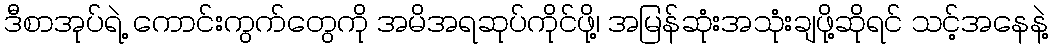
ဒီစာအုပ်ရဲ့ ကောင်းကွက်တွေကို အမိအရဆုပ်ကိုင်ဖို့၊ အမြန်ဆုံးအသုံးချဖို့ဆိုရင် သင့်အနေနဲ့